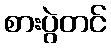
စားပွဲတင်